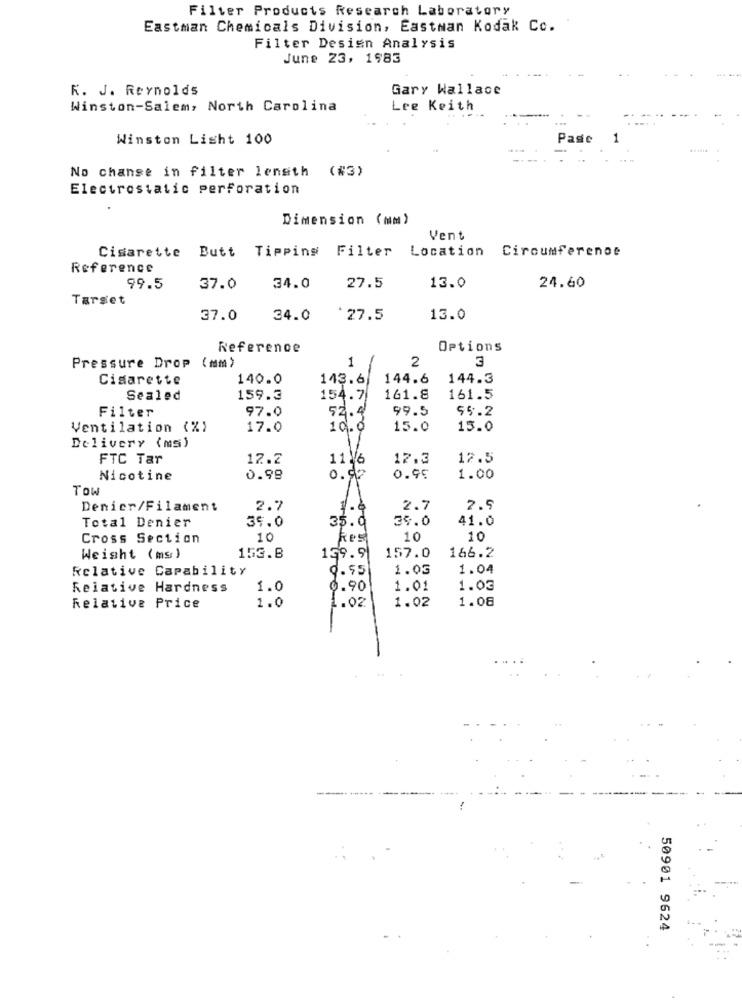
Filter Products Research Laboratory
Eastman Chemicals Division, Eastman Kodak Co.
Filter Design Analysis
June 23, 1983
K. J. Reynolds
Gary Wallace
Winston-Salem, North Carolina
Lee Keith
Winston Light 100
Pasc
No change in filter length (#3)
Electrostatic perforation
Dimension (mm)
Vent
Cigarette Butt Tipping Filter Location Circumference
Reference
13.0
99.5
37.0
34.0
27.5
24.60
Tarset
37.0
34.0
'27.5
13.0
Reference
Options
1
2
3
Pressure Drop (mm)
Cigarette
140.0
143.6
144.6
144.3
Sealed
159.3
154.7
161.8
161.5
97.0
52.4
99.5
55.2
Filter
Ventilation (%)
17.0
10.0
15.0
15.0
Delivery (ms)
FTC Tar
12.2
11 /6
17.3
12.5
Nicotine
0.98
0.00
0.95
1.00
Tow
11
Denicr/Filament
2.7
1.6
2.7
2.5
34.0
41.0
Total Denier
39.0
35.0
Cross Section
10
kes
10
10
Weight (ms)
153.8
159.91
157.0
166.2
Relative Capability
9.55
1.05
1.04
Relative Hardness
1.0
0.90
1.01
1.03
1.0
1.02
1.08
Relative Price
1.02
50901 9624